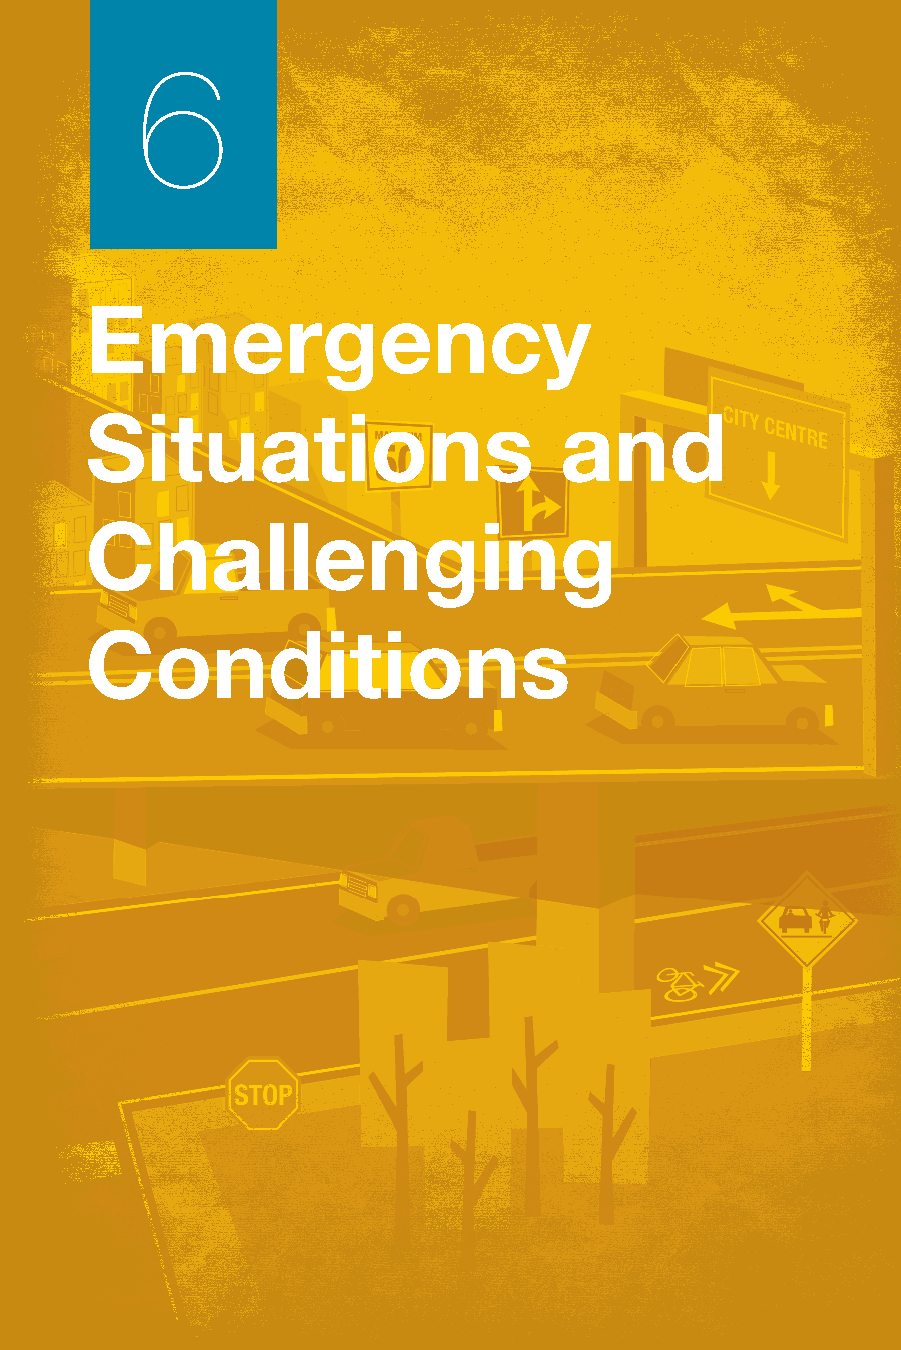
6
 Emergency
 Situations                     and
 Challenging
 Conditions